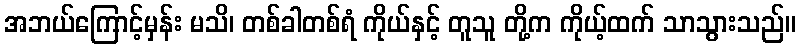
အဘယ်ကြောင့်မှန်း မသိ၊ တစ်ခါတစ်ရံ ကိုယ်နှင့် တူသူ တို့က ကိုယ့်ထက် သာသွားသည်။